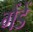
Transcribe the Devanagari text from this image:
गैंडें